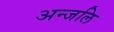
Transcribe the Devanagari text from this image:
अन्जलि